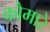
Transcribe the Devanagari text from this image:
कौमारे